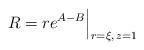
LaTeX: \begin{align*}R = r e^{A - B} \Big|_{r = \xi, \, z = 1}\end{align*}